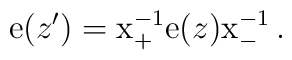
{\rm e}(z^{\prime})={\rm x}_{+}^{-1}{\rm e}(z){\rm x}_{-}^{-1}\,.